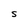
Character: S